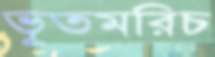
ভূতমরিচ